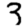
Digit: 3